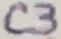
Text: C3